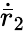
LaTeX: \dot{\bar{r}}_{2}